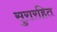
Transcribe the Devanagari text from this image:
सुरारहित